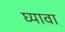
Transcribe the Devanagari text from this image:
घ्यावा़